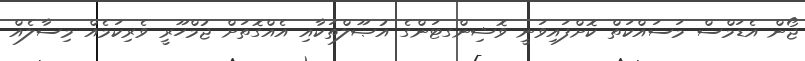
ޖޯން އެޑަމްސް މަސައްކަތް ކޮށްފައިވަނީ ވޮޝިންގޓަންގެ އުޞޫލްތަކާއި އެއްގޮތަށް ޖުމްހޫރީ ވެރިކަމެއް މިސާލެއް